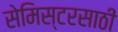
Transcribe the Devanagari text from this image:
सेमिस्टरसाठी